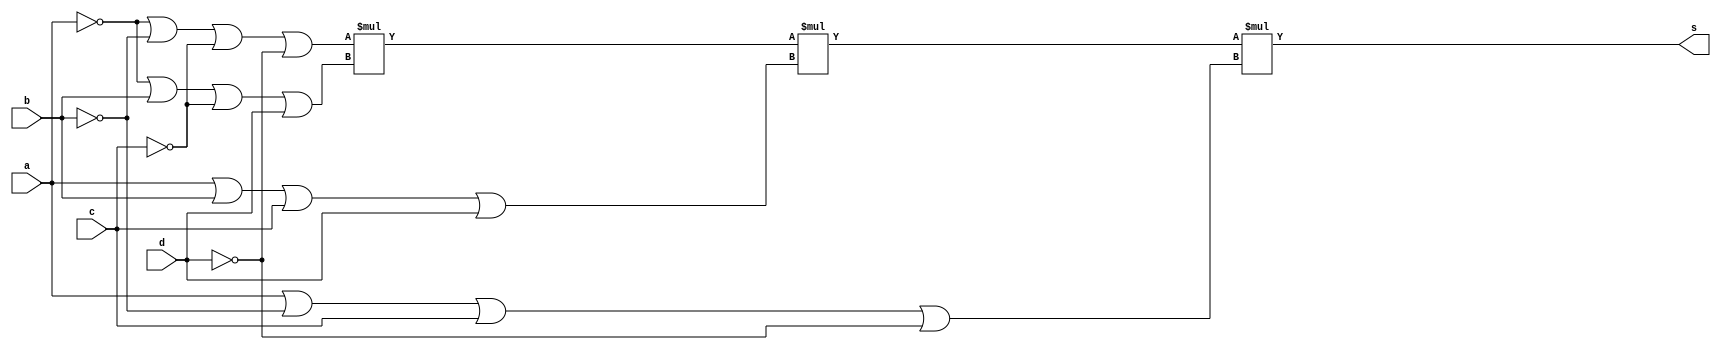
// ------------------------- 
// Correo da prova 
// Nome: Camila Guedes Silveira 
// ------------------------- 

module questaoK (output s, input a, input b, input c, input d);
	// -- wire c1, c2, c3, c4;
	
	assign s1 = ~a | ~b | ~c | ~d;
	assign s2 = ~a | b | ~c | d;
	assign s3 = a | b | c | d;
	assign s4 = a | ~b | c | ~d;
	
	assign s = s1 * s2 * s3 * s4;
	

endmodule // questaoK

module Teste;

	reg a;
	reg b;
	reg c;
	reg d;
	wire s;

	questaoK Teste (s,a,b,c,d);

	initial begin
		 a=0; b=0; c=0; d=0;
	end

	initial begin

		#1 $display (" Camila Guedes Silveira - 427393 ");
		#1 $display (" a | b | c | d | s1 ");
		$monitor   (" %b | %b | %b | %b |  %b ", a,b,c,d,s);
		   
    #1  a=0; b=0; c=0; d=1;
    #1  a=0; b=0; c=1; d=0; 
    #1  a=0; b=0; c=1; d=1; 
    #1  a=0; b=1; c=0; d=0; 
    #1  a=0; b=1; c=0; d=1; 
    #1  a=0; b=1; c=1; d=0; 
    #1  a=0; b=1; c=1; d=1; 
    #1  a=1; b=0; c=0; d=0; 
    #1  a=1; b=0; c=0; d=1;
    #1  a=1; b=0; c=1; d=0;
    #1  a=1; b=0; c=1; d=1;
    #1  a=1; b=1; c=0; d=0;
    #1  a=1; b=1; c=0; d=1;
    #1  a=1; b=1; c=1; d=0;
    #1  a=1; b=1; c=1; d=1; 

	end	
	endmodule